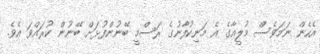
އެހެން ނަމަވެސް މުލީއާގެ އެ މަނިކުފާނުގެ ރަސްމީ ބޭނުންފުޅަށް ބޭނުން ކުރައްވަ އެވެ.